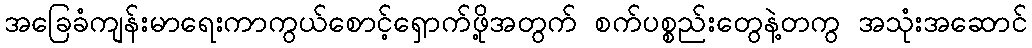
အခြေခံကျန်းမာရေးကာကွယ်စောင့်ရှောက်ဖို့အတွက် စက်ပစ္စည်းတွေနဲ့တကွ အသုံးအဆောင်